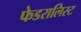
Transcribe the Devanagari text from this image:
फेडरालिस्ट